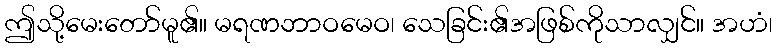
ဤသို့မေးတော်မူ၏။ မရဏဘာဝမေဝ၊ သေခြင်း၏အဖြစ်ကိုသာလျှင်။ အဟံ၊